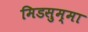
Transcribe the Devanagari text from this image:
मिडसुम्मा